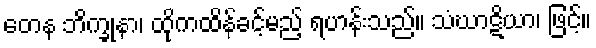
တေန ဘိက္ခုနာ၊ ထိုကထိန်ခင့်မည့် ရဟန်းသည်။ သံဃာဋိယာ၊ ဖြင့်။